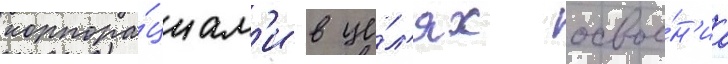
корпора́циам'и в це́л'ях освое́н'иа